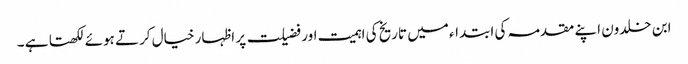
ابن خلدون اپنے مقدمہ کی ابتداء میں تاریخ کی اہمیت اور فضیلت پر اظہار خیال کرتے ہوئے لکھتا ہے ۔